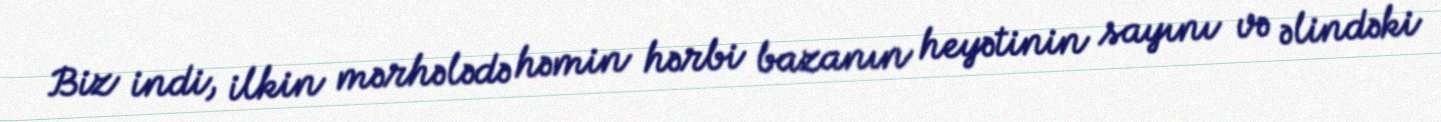
Biz indi, ilkin mərhələdə həmin hərbi bazanın heyətinin sayını və əlindəki